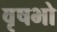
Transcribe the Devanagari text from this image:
वृषभो